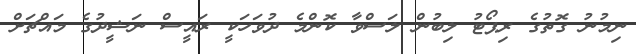
ނިމުނު ގޮތުގެ ރިޕޯޓު ލިބުން ލަސްވާ ކޮންމެ ދުވަހަކީ ރައީސް ނަޝީދުގެ މައްޗަށް